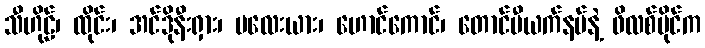
သီဟိုဠ်၊ ထိုင်း၊ အင်ဒိုနီးရှား၊ မလေးယား၊ ဟောင်ကောင်၊ တောင်ဗီယက်နမ်နဲ့ ဖိလစ်ပိုင်က